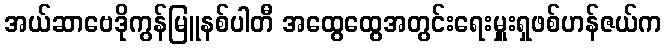
အယ်ဆာဗေဒိုကွန်မြူနစ်ပါတီ အထွေထွေအတွင်းရေးမှူးရှဖစ်ဟန်ဇယ်က